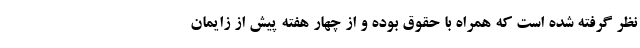
نظر گرفته شده است که همراه با حقوق بوده و از چهار هفته پیش از زایمان